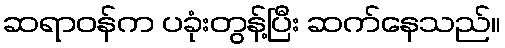
ဆရာဝန်က ပခုံးတွန့်ပြီး ဆက်နေသည်။